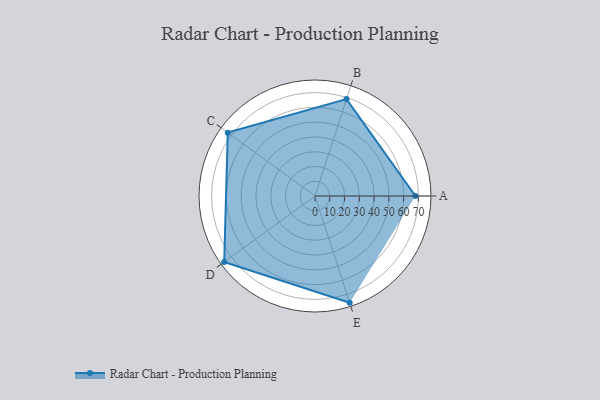
{"axis": {"x": "Skill", "y": "Score"}, "legend": ["Profile"], "data": [{"x": "A", "y": 68.0, "type": "Profile"}, {"x": "B", "y": 69.0, "type": "Profile"}, {"x": "C", "y": 73.0, "type": "Profile"}, {"x": "D", "y": 76.0, "type": "Profile"}, {"x": "E", "y": 76.0, "type": "Profile"}]}